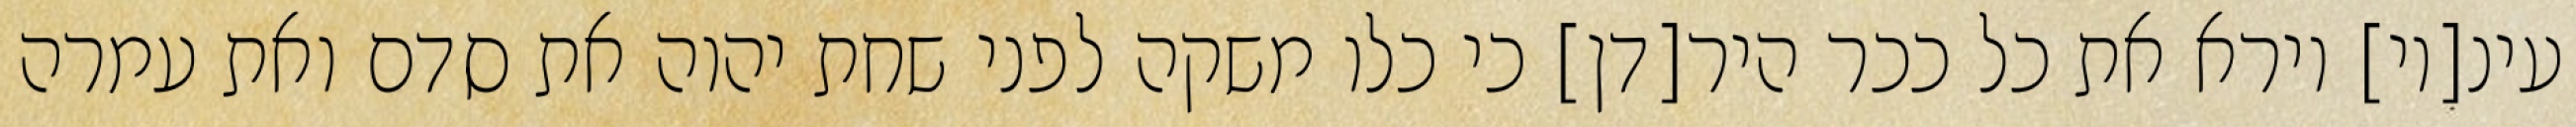
עינ[יו] וירא את כל ככר היר[דן] כי כלו משקה לפני שחת יהוה את סדם ואת עמרה